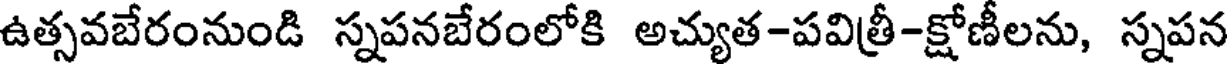
ఉత్సవబేరంనుండి స్నపనబేరంలోకి అచ్యుత-పవిత్రీ-క్షోణీలను, స్నపన